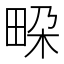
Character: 𭻐